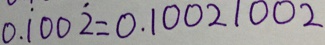
0 . \dot { 1 } 0 0 \dot { 2 } = 0 . 1 0 0 2 1 0 0 2